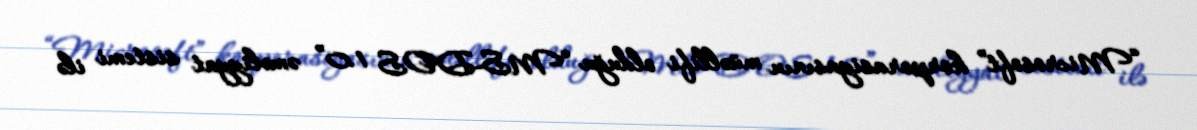
“Microsoft” korporasiyasının müəllifi olduğu “MS-DOS 1.0” əməliyyat sistemi ilə